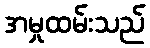
အမှုထမ်းသည်